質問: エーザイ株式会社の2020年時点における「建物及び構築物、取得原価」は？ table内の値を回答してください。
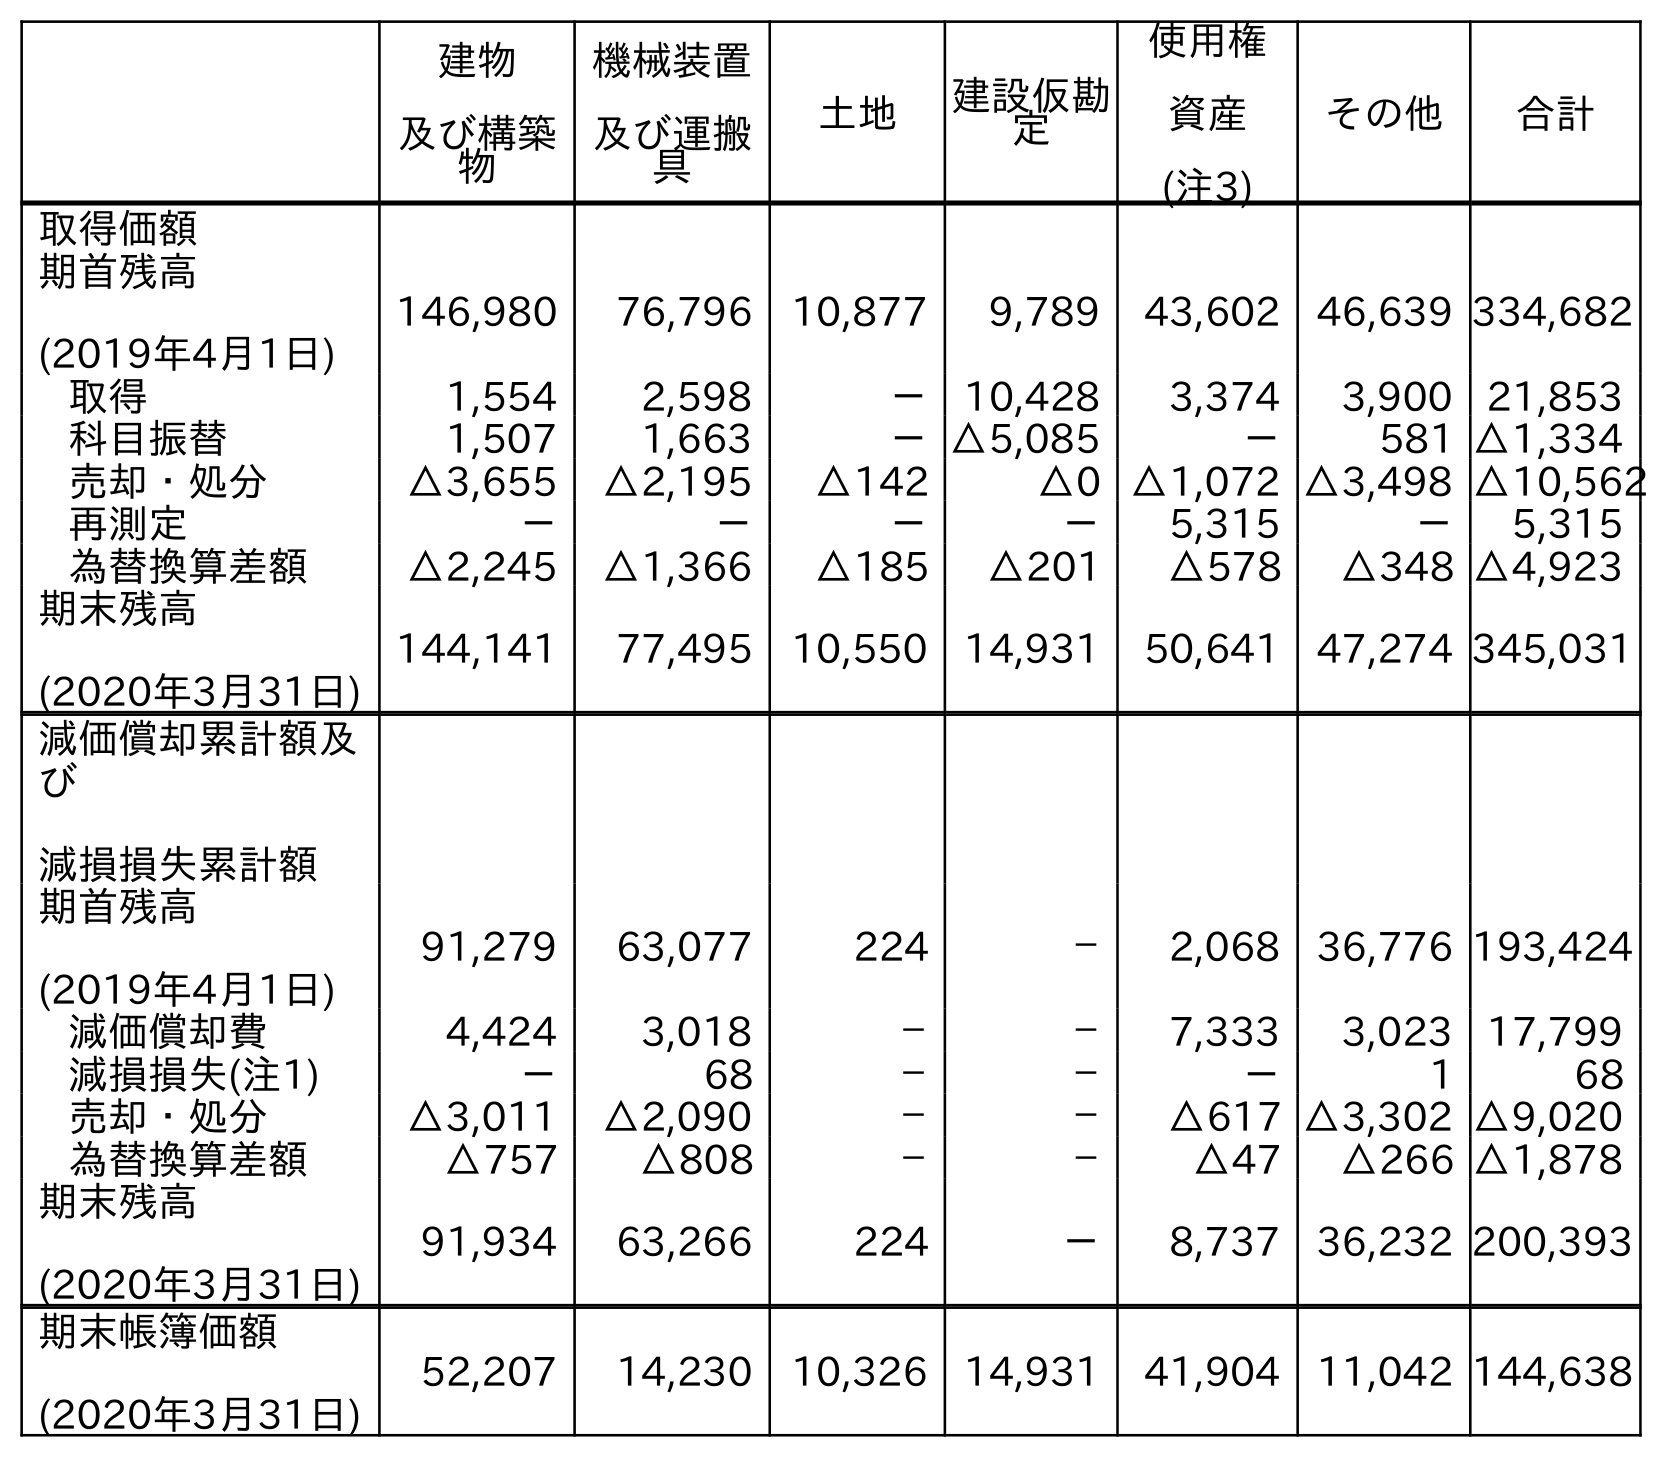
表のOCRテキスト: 建物 及び構築 物 機械装置 及び運搬 具 土地 建設仮勘 定 使用権 資産 (注3) その他 合計 取得価額 期首残高 (2019年4月1日) 146,980 76,796 10,877 9,789 43,602 46,639 334,682 取得 1,554 2,598 － 10,428 3,374 3,900 21,853 科目振替 1,507 1,663 －△5,085 － 581 △1,334 売却・処分 △3,655 △2,195 △142 △0 △1,072 △3,498 △10,562 再測定 － － － － 5,315 － 5,315 為替換算差額 △2,245 △1,366 △185 △201 △578 △348 △4,923 期末残高 (2020年3月31日) 144,141 77,495 10,550 14,931 50,641 47,274 345,031 減価償却累計額及 び 減損損失累計額 期首残高 (2019年4月1日) 91,279 63,077 224 － 2,068 36,776 193,424 減価償却費 4,424 3,018 － － 7,333 3,023 17,799 減損損失(注1) － 68 － － － 1 68 売却・処分 △3,011 △2,090 － － △617 △3,302 △9,020 為替換算差額 △757 △808 － － △47 △266 △1,878 期末残高 (2020年3月31日) 91,934 63,266 224 － 8,737 36,232 200,393 期末帳簿価額 (2020年3月31日) 52,207 14,230 10,326 14,931 41,904 11,042 144,638
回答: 144,141